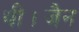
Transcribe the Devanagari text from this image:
थी।जैन